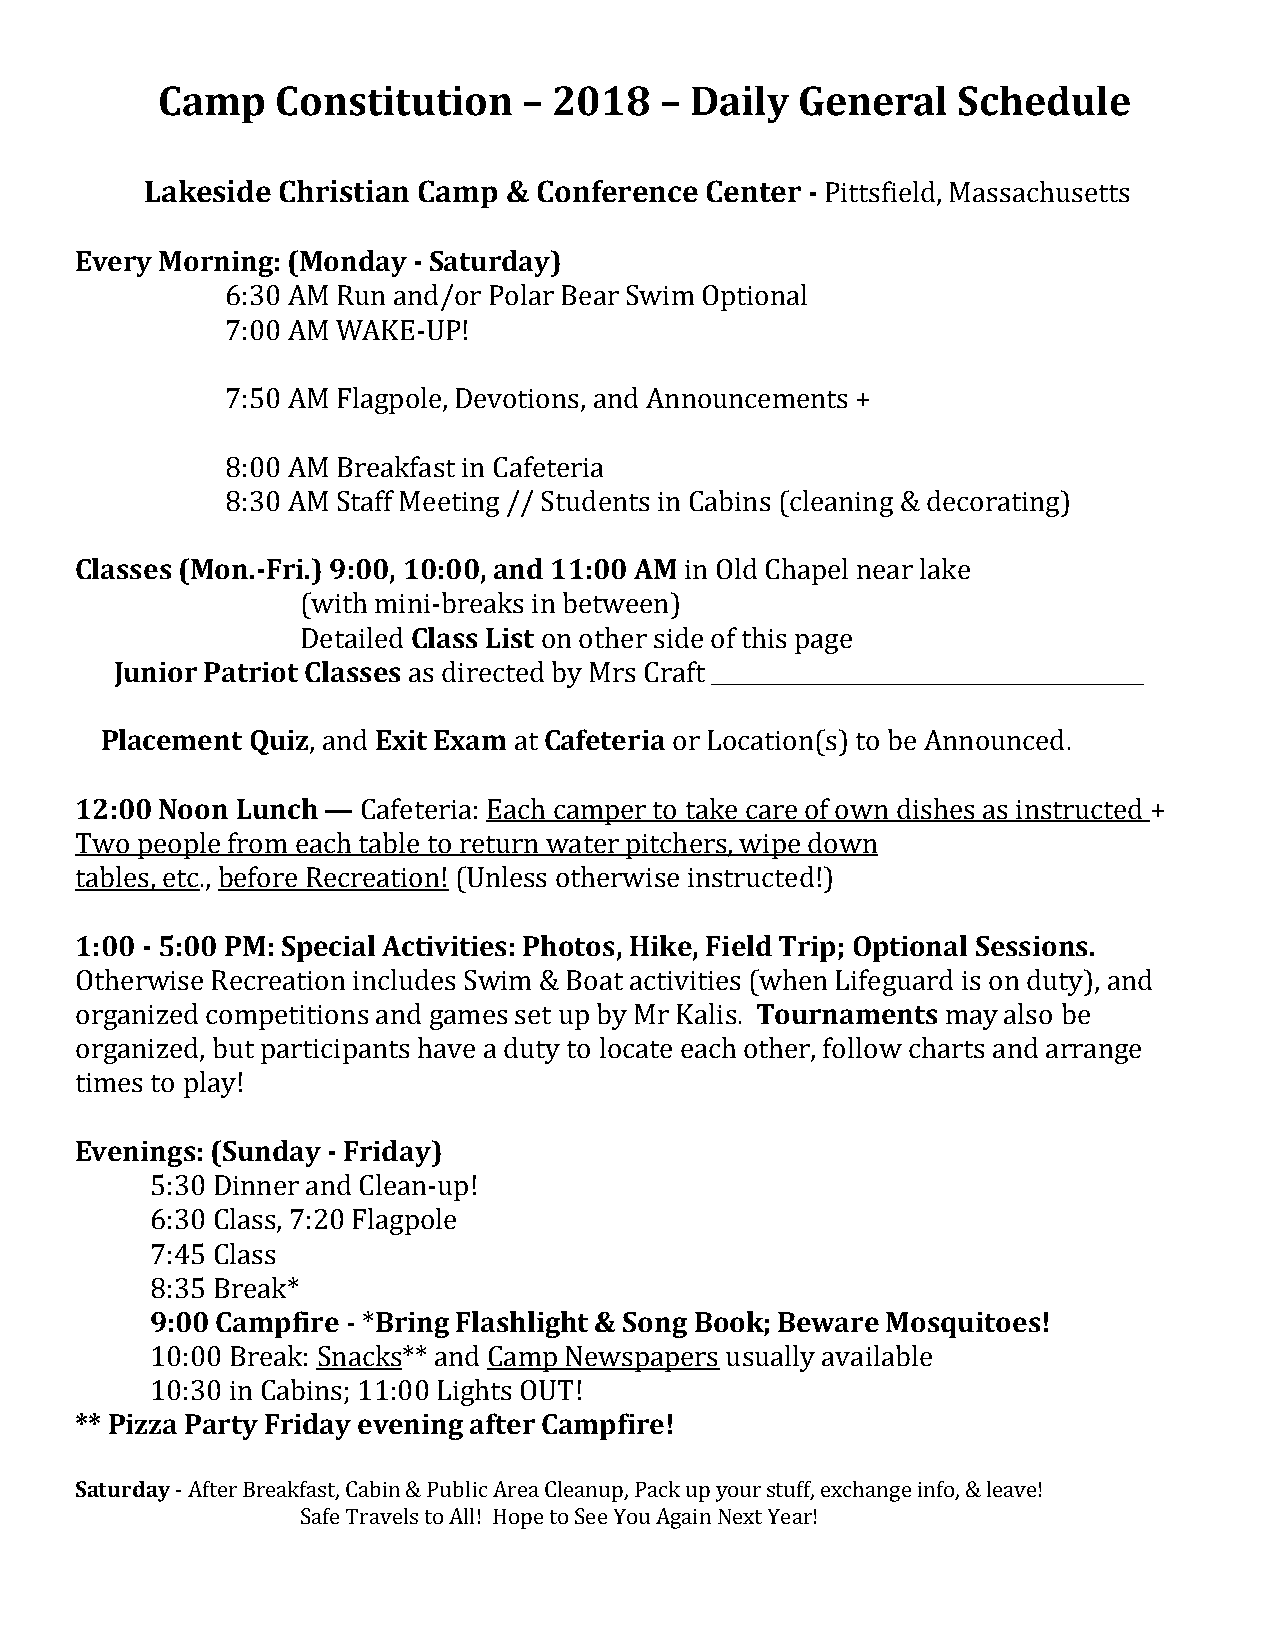
Camp    Constitution     – 2018   – Daily  General   Schedule
 Lakeside Christian Camp & Conference Center -
 Every Morning: (Monday - Saturday)                Pittsfield, Massachusetts
 6:30 AM Run and/or Polar Bear Swim Optional
 7:00 AM WAKE-UP!
 7:50 AM Flagpole, Devotions, and Announcements +
 8:00 AM Breakfast in Cafeteria
 Classe s (Mo8n:3.-0F rAi.M)9 S:t0a0ff, M10ee:0ti0n,g a /n/d S 1tu1d:0e0n tAs Min Cabins (cleaning & decorating)
 Class List        in Old Chapel near lake
 Junior Patriot (Cwlaitshs emsini-breaks in between)
 Detailed        on other side of this page
 P lacement Quiz   Ex iats E dxiaremctedC bayf eMtersr iCar aft ________________________________________
 1 2 :00 Noon Lunch, a—nd     at         or Location(s) to be Announced.
 Cafeteria: Each camper to take care of own dishes as instructed +
 Two people from each table to return water pitchers, wipe down
 t1a:b0l0e s-, 5e:t0c.0, b PeMfo:r Sep Reecciraela Aticotniv! i(tUiensl:e Pssh ootthoesr,w Hiiskee i,n Fsiteruldc tTerdi!p) ; Optional Sessions.
 Tournaments
 Otherwise Recreation includes Swim & Boat activities (when Lifeguard is on duty), and
 organized competitions and games set up by Mr Kalis.      may also be
 organized, but participants have a duty to locate each other, follow charts and arrange
 tEivmeensi ntog sp:l a(yS!u nday - Friday)
 5:30 Dinner and Clean-up!
 6:30 Class, 7:20 Flagpole
 79::4050 CClaamssp fire Bring Flashlight & Song Book; Beware Mosquitoes!
 8:35 Break*
 - *
 ** Pizz1a0 :P0a0r Btyr eFarki:d Sanya ecvkes*n*i nang da fCtaemr Cp aNmewpfsipraep! ers usually available
 10:30 in Cabins; 11:00 Lights OUT!
 Saturday
 - After Breakfast, Cabin & Public Area Cleanup, Pack up your stuff, exchange info, & leave!
 Safe Travels to All! Hope to See You Again Next Year!